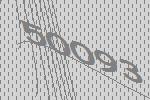
50093